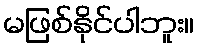
မဖြစ်နိုင်ပါဘူး။